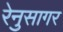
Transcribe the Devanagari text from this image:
रेनुसागर